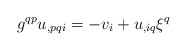
\begin{align*}g^{qp}u_{,pqi}=-v_i+u_{,iq}\xi^q\end{align*}